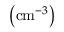
\left( \mathrm { c m } ^ { - 3 } \right)